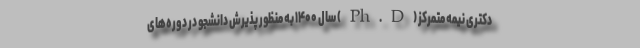
دکتری نیمه متمرکز (Ph.D) سال ۱۴۰۰ به منظور پذیرش دانشجو در دوره‌های